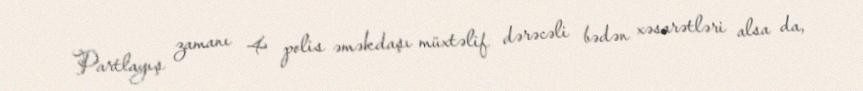
Partlayış zamanı 4 polis əməkdaşı müxtəlif dərəcəli bədən xəsarətləri alsa da,